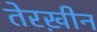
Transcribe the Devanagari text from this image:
तेरख़ीन